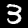
Digit: 3